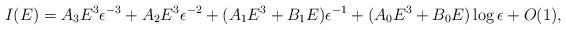
LaTeX: \begin{align*}I(E)= A_{3} E^{3} \epsilon ^{-3} + A_{2} E^{3} \epsilon ^{-2}+(A_{1} E^{3} + B_{1} E) \epsilon ^{-1} +(A_{0} E^{3}+ B_{0} E ) \log \epsilon +O(1) ,\end{align*}